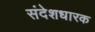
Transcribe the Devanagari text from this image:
संदेशधारक